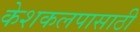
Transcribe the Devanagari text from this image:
केशकलपासाठी